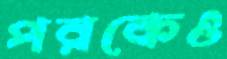
পরকেও